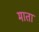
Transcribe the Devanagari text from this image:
माता